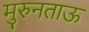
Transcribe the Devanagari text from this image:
मुरुनताऊ